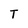
Character: T